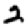
Digit: 2